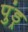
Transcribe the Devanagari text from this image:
पुंड़्र